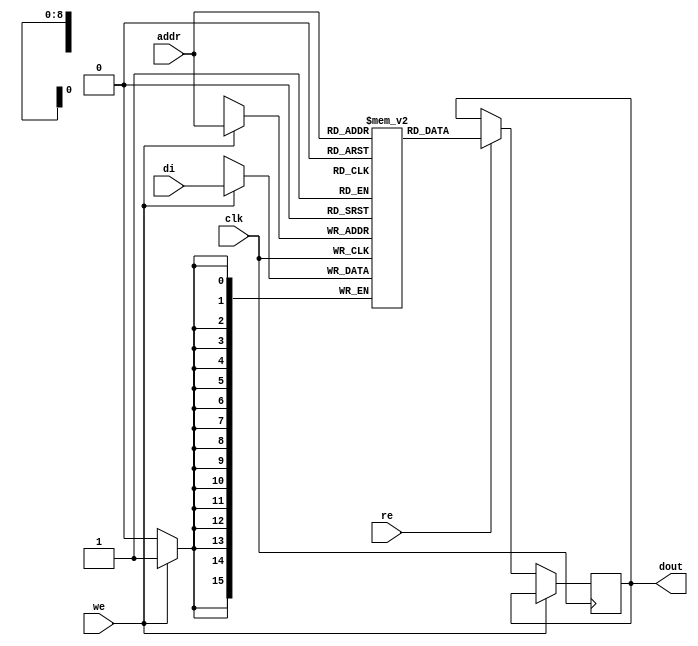

module rams_sp_re_we_512x16_logic (clk, we, re, addr, di, dout);
input clk;
input we, re;
input [8:0] addr;
input [15:0] di;
output reg [15:0] dout;

(* ram_style = "logic" *)
reg [15:0] RAM [511:0];
// reg [31:0] dout;

always @(posedge clk)
    begin
        if (we)
            RAM[addr] <= di;
        else if (re)
            dout <= RAM[addr];
    end

endmodule